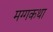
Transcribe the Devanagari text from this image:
मग्गकथा